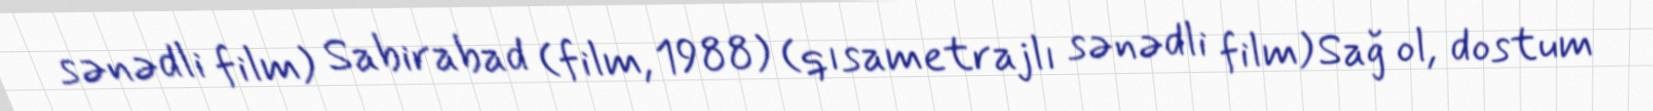
sənədli film) Sabirabad (film, 1988) (qısametrajlı sənədli film) Sağ ol, dostum